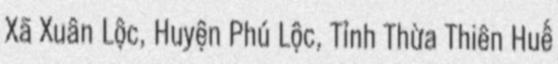
Xã Xuân Lộc, Huyện Phú Lộc, Tỉnh Thừa Thiên Huế